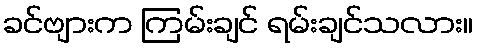
ခင်ဗျားက ကြမ်းချင် ရမ်းချင်သလား။